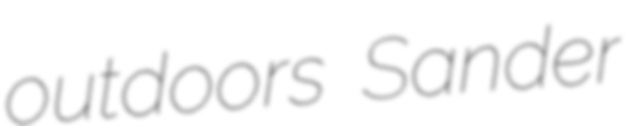
outdoors Sander